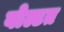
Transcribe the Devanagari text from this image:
वोल्टत